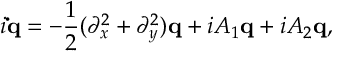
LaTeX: i { \bf \dot { q } } = - \frac { 1 } { 2 } ( \partial _ { x } ^ { 2 } + \partial _ { y } ^ { 2 } ) { \bf q } + i A _ { 1 } { \bf q } + i A _ { 2 } { \bf q } ,